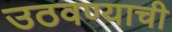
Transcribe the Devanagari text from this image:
उठवण्याची